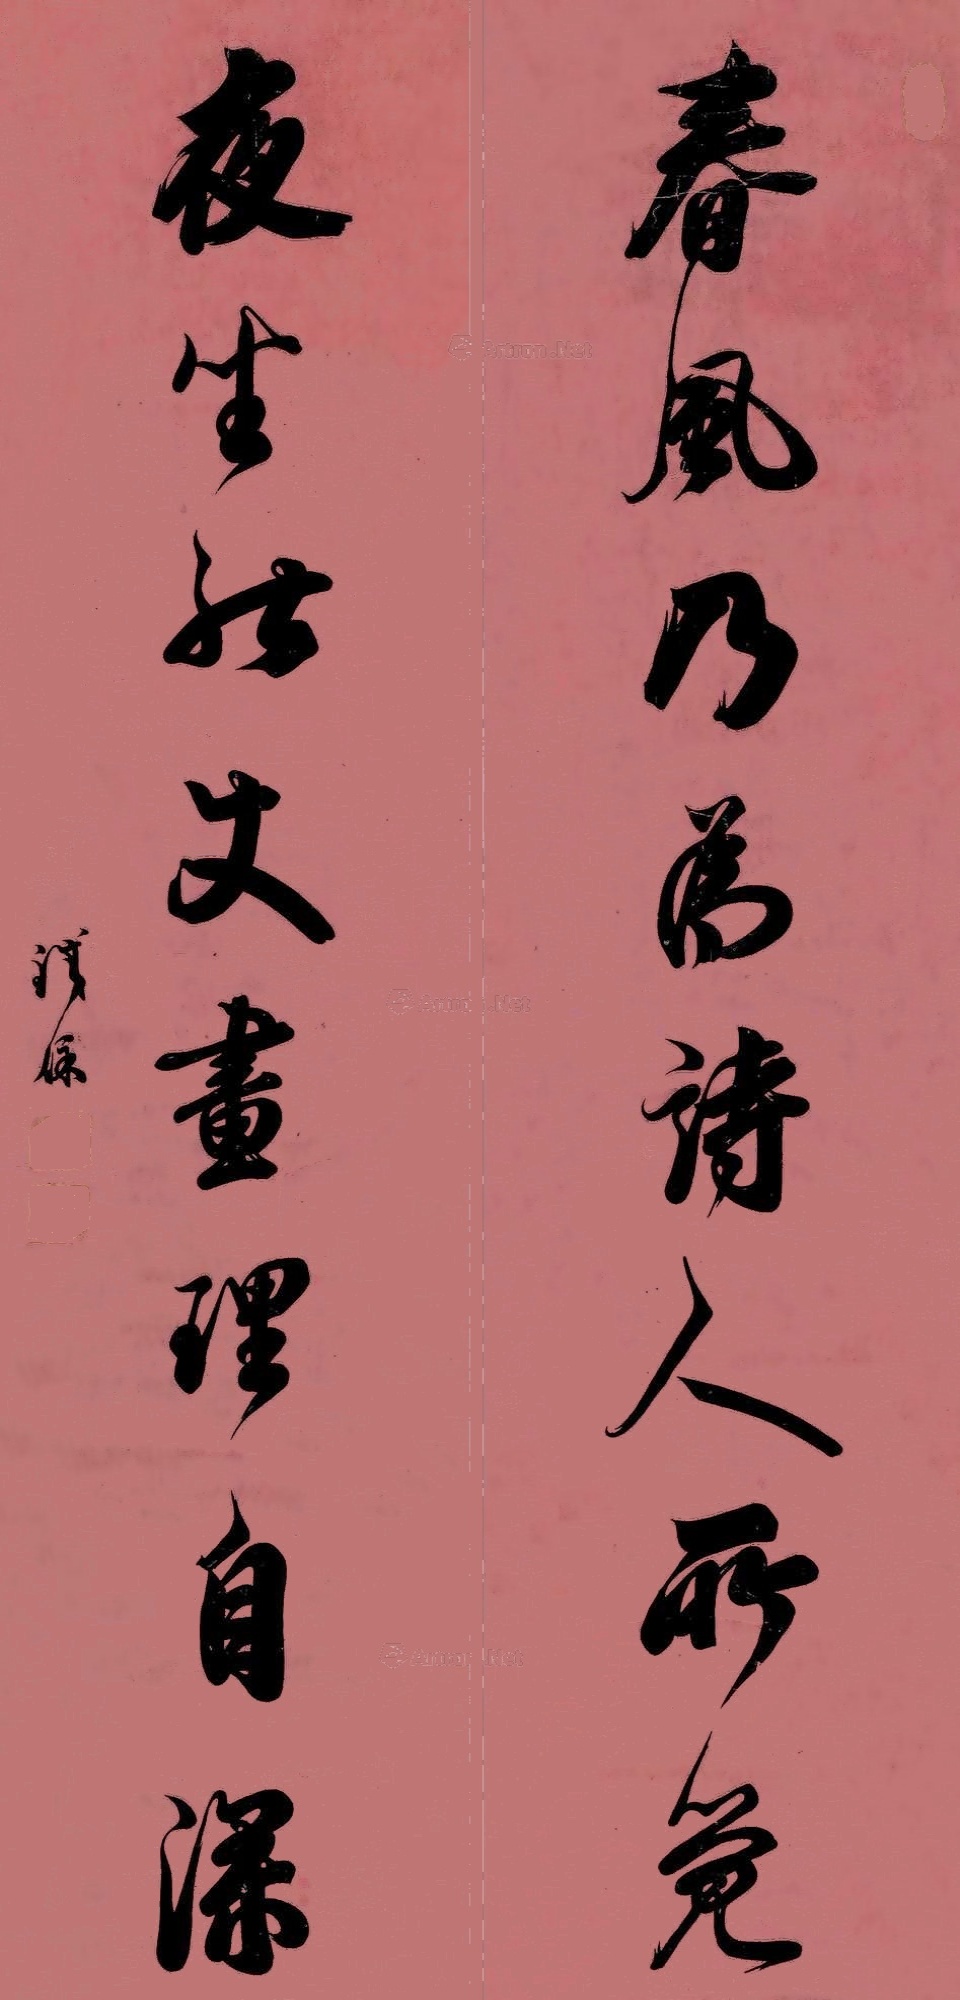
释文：春风乃为诗人所觉，夜坐能使画理自深。铁保。